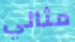
مثالي